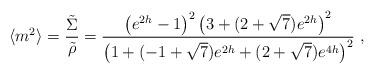
LaTeX: \begin{align*}\langle m^2 \rangle ={\tilde\Sigma\over\tilde\rho}={\left( e^{2h} - 1 \right)^2 \left( 3 + (2+\sqrt{7})e^{2h}\right)^2 \over \left(1 + (-1 + \sqrt{7})e^{2h} + (2+\sqrt{7})e^{4h}\right)^2}\ ,\end{align*}